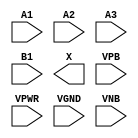
module sky130_fd_sc_ls__o31a (
    //# {{data|Data Signals}}
    input  A1  ,
    input  A2  ,
    input  A3  ,
    input  B1  ,
    output X   ,

    //# {{power|Power}}
    input  VPB ,
    input  VPWR,
    input  VGND,
    input  VNB
);
endmodule